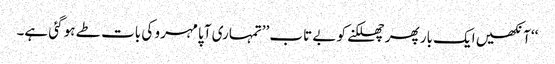
‘‘ آنکھیں ایک بار پھر چھلکنے کو بے تاب ’’تمہاری آپا مہرو کی بات طے ہو گئی ہے۔